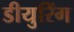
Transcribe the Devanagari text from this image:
डीयुरिंग